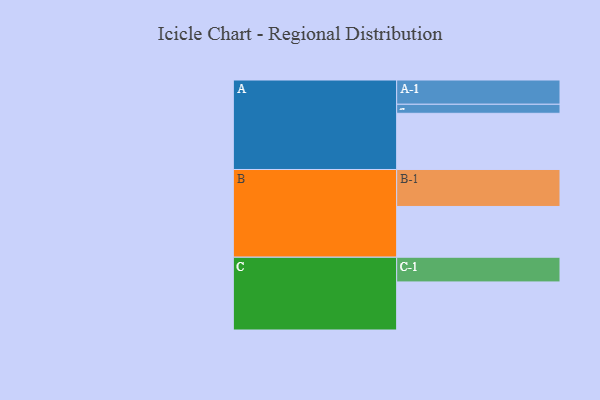
{"axis": {"x": "Segment", "y": "Value"}, "legend": ["", "A", "B", "C"], "data": [{"x": "A", "y": 380, "type": ""}, {"x": "B", "y": 343, "type": ""}, {"x": "C", "y": 325, "type": ""}, {"x": "A-1", "y": 164, "type": "A"}, {"x": "A-2", "y": 61, "type": "A"}, {"x": "B-1", "y": 250, "type": "B"}, {"x": "C-1", "y": 167, "type": "C"}]}